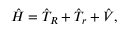
\hat { H } = \hat { T } _ { R } + \hat { T } _ { r } + \hat { V } ,